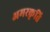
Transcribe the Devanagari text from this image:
अमरकृति